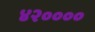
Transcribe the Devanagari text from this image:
४२००००